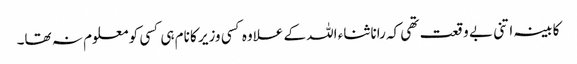
کابینہ اتنی بے وقعت تھی کہ رانا ثناء اللہ کے علاوہ کسی وزیر کا نام ہی کسی کو معلوم نہ تھا۔